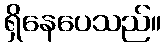
ရှိနေပေသည်။